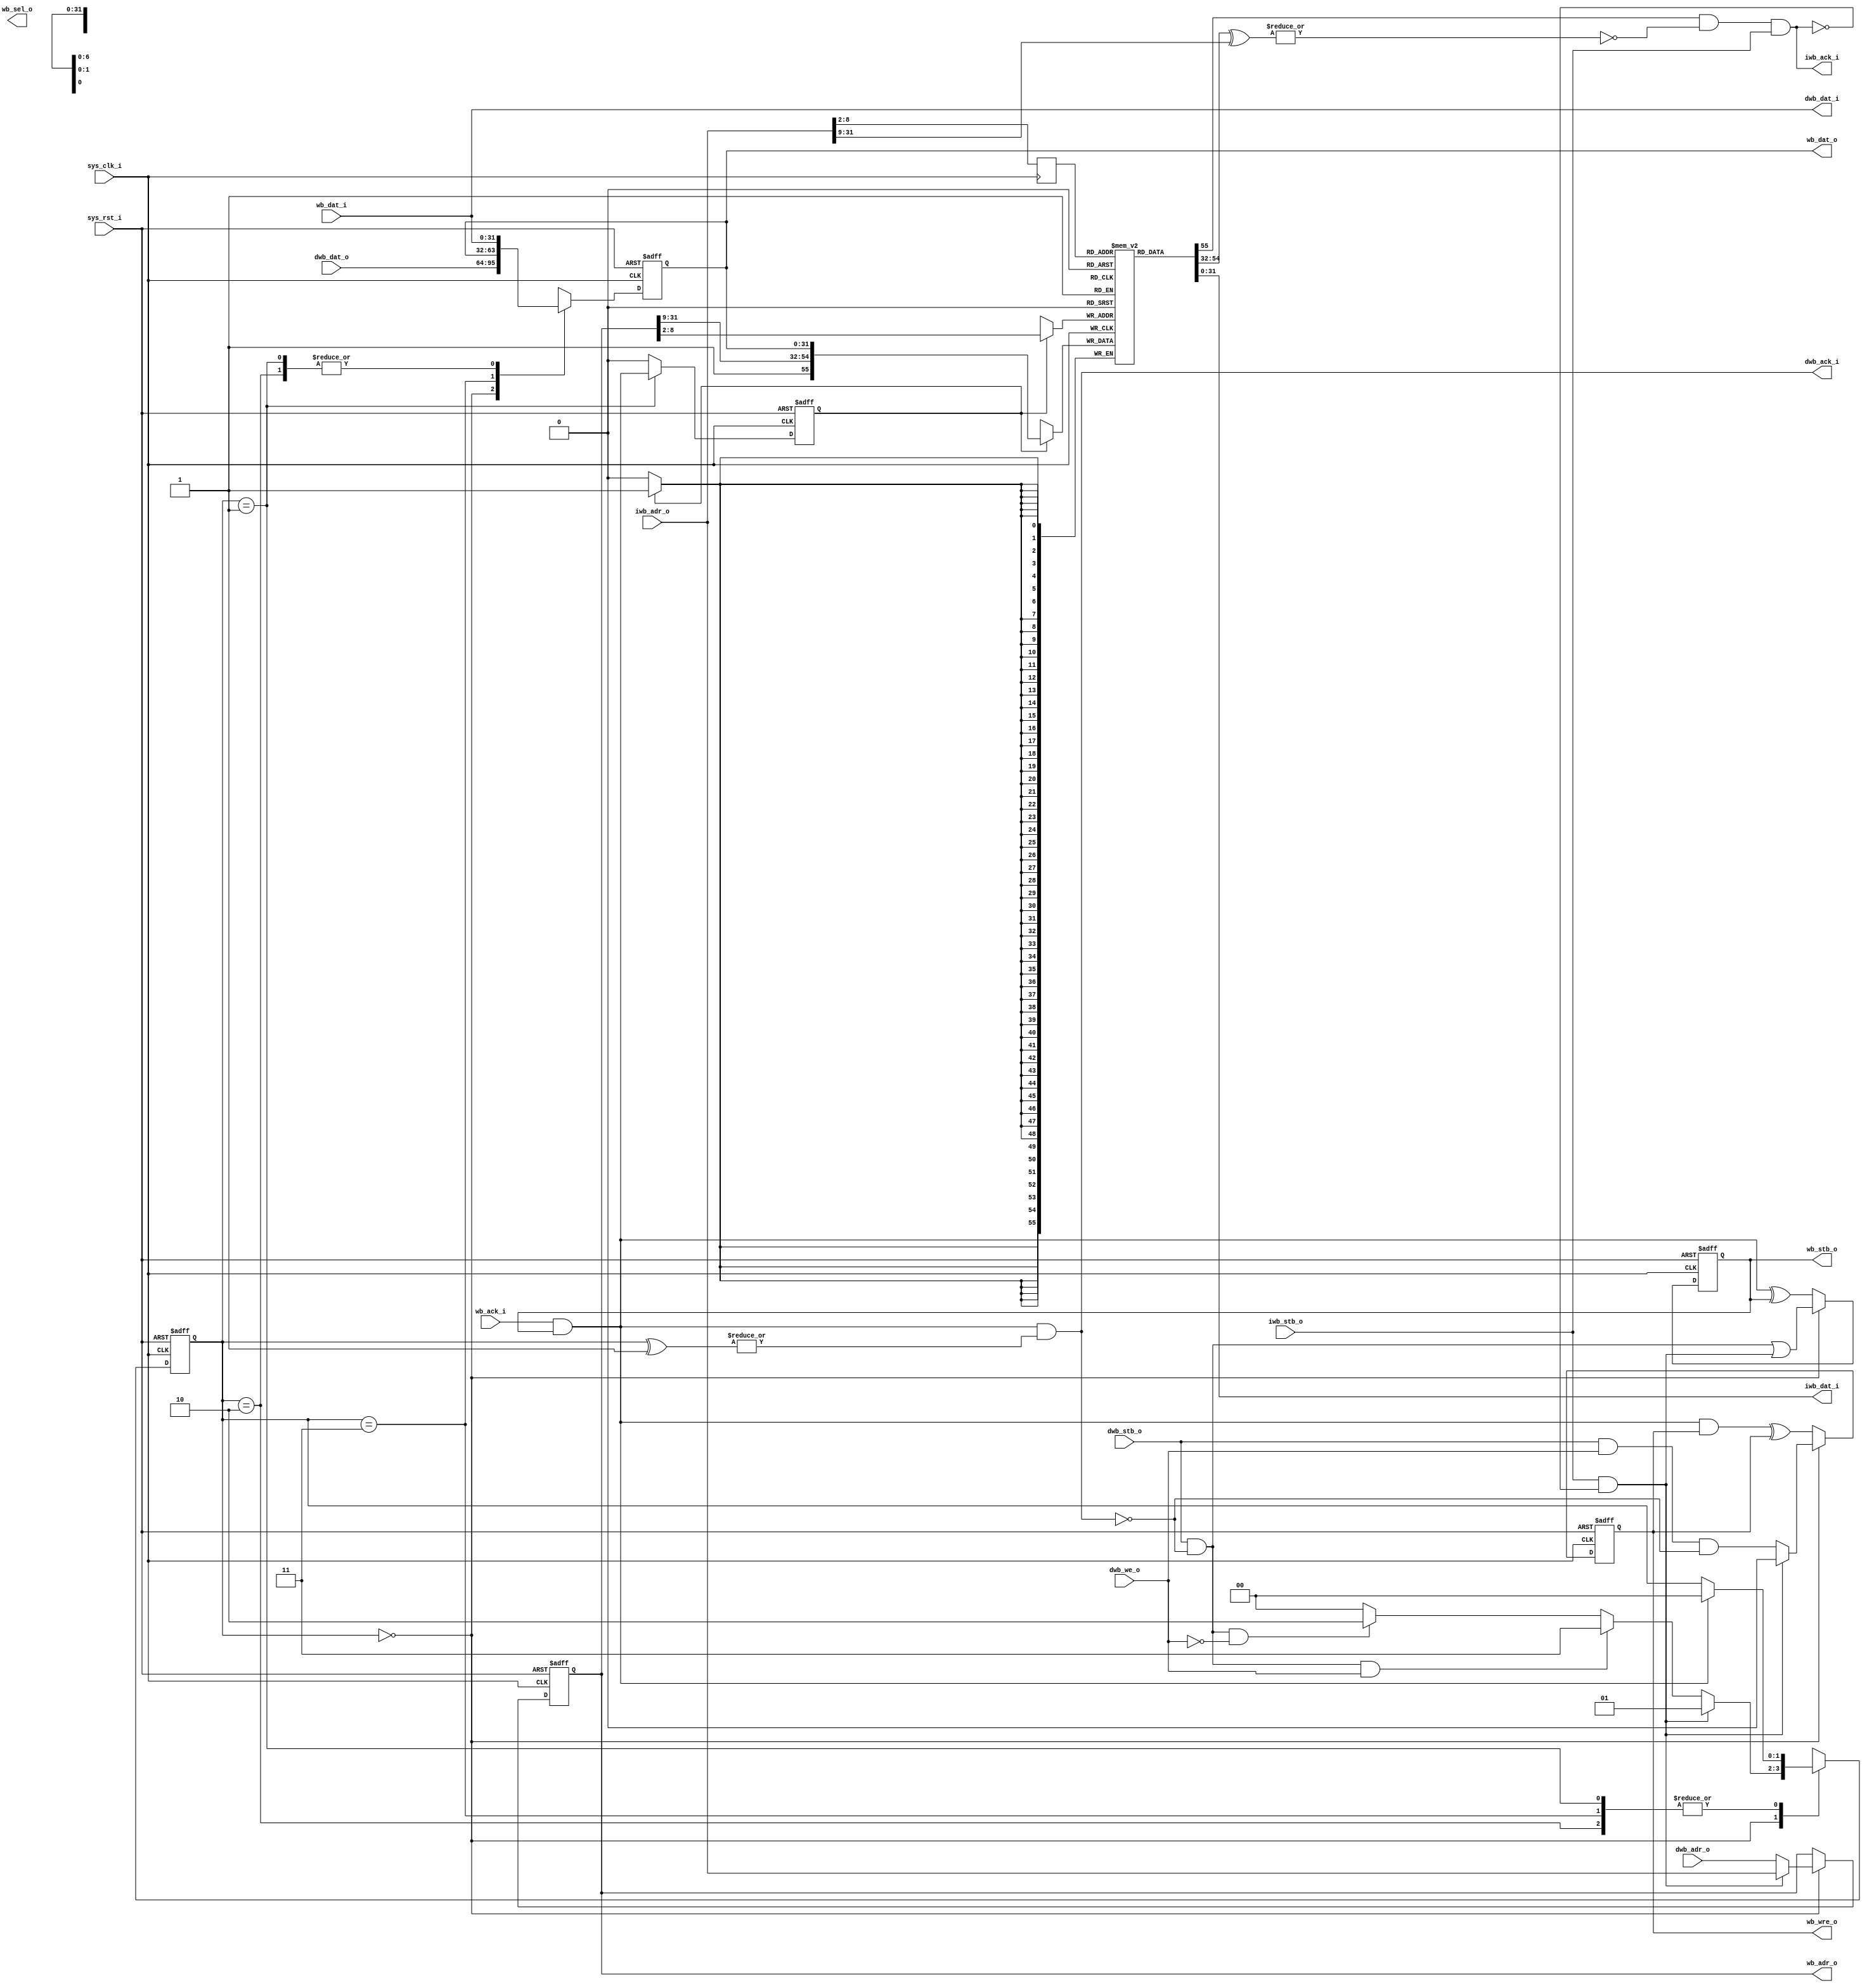
/*
 * $Id: aeMB_wbbus.v,v 1.1 2007/04/13 13:02:34 sybreon Exp $
 * 
 * AEMB WISHBONE Bus Interface Unit
 * Copyright (C) 2006-2007 Shawn Tan Ser Ngiap <shawn.tan@aeste.net>
 *  
 * This library is free software; you can redistribute it and/or modify it 
 * under the terms of the GNU Lesser General Public License as published by 
 * the Free Software Foundation; either version 2.1 of the License, 
 * or (at your option) any later version.
 * 
 * This library is distributed in the hope that it will be useful, but 
 * WITHOUT ANY WARRANTY; without even the implied warranty of MERCHANTABILITY 
 * or FITNESS FOR A PARTICULAR PURPOSE. See the GNU Lesser General Public 
 * License for more details.
 * 
 * You should have received a copy of the GNU Lesser General Public License 
 * along with this library; if not, write to the Free Software Foundation, Inc.,
 * 59 Temple Place, Suite 330, Boston, MA 02111-1307 USA 
 *
 * DESCRIPTION
 * This contains the internal to external bus unifier as well as cache.
 * Cache is implemented as write-thru direct mapped cache.
 *
 * HISTORY
 * $Log: aeMB_wbbus.v,v $
 * Revision 1.1  2007/04/13 13:02:34  sybreon
 * Added initial unified memory core.
 *
 */

// 98@90
module aeMB_wbbus (/*AUTOARG*/
   // Outputs
   wb_adr_o, wb_dat_o, wb_sel_o, wb_stb_o, wb_wre_o, dwb_ack_i,
   dwb_dat_i, iwb_ack_i, iwb_dat_i,
   // Inputs
   wb_dat_i, wb_ack_i, dwb_adr_o, dwb_dat_o, dwb_stb_o, dwb_we_o,
   iwb_adr_o, iwb_stb_o, sys_clk_i, sys_rst_i
   );
   parameter ASIZ = 32;
   parameter CSIZ = 7;
   /* DO NOT TOUCH */   
   parameter ISIZ = ASIZ;
   parameter DSIZ = ASIZ;   
   
   // External WISHBONE
   output [ASIZ-1:0] wb_adr_o;
   output [31:0]     wb_dat_o;
   output [3:0]      wb_sel_o;
   output 	     wb_stb_o;
   output 	     wb_wre_o;
   input [31:0]      wb_dat_i;
   input 	     wb_ack_i;

   // Internal WISHBONE
   input [DSIZ-1:0]  dwb_adr_o;
   input [31:0]      dwb_dat_o;
   input 	     dwb_stb_o;
   input 	     dwb_we_o;
   output 	     dwb_ack_i;
   output [31:0]     dwb_dat_i;   

   input [ISIZ-1:0]  iwb_adr_o;
   input 	     iwb_stb_o;
   output 	     iwb_ack_i;
   output [31:0]     iwb_dat_i;   
   
   // System
   input 	     sys_clk_i, sys_rst_i;

   wire 	     nclk = sys_clk_i;
   wire 	     nrst = sys_rst_i;   
   
   // FSM Machine
   parameter [1:0]   
		FSM_STORE = 2'o3,
		FSM_LOAD = 2'o2,
		FSM_FETCH = 2'o1,
		FSM_IDLE = 2'o0;
   reg [1:0] 	     rFSM, rFSM_;
   
   always @(negedge nclk or negedge nrst)
     if (!nrst) rFSM <= FSM_IDLE; else rFSM <= #1 rFSM_;
   
   always @(/*AUTOSENSE*/dwb_ack_i or dwb_stb_o or dwb_we_o
	    or iwb_ack_i or iwb_stb_o or rFSM or wb_ack_i or wb_stb_o)
     case (rFSM)
       FSM_IDLE: rFSM_ <= (iwb_stb_o & !iwb_ack_i) ? FSM_FETCH : 
			  (dwb_stb_o & !dwb_ack_i & dwb_we_o) ? FSM_STORE :
			  (dwb_stb_o & !dwb_ack_i & !dwb_we_o) ? FSM_LOAD :
			  FSM_IDLE;
       FSM_FETCH, FSM_LOAD, FSM_STORE: 
	 rFSM_ <= (wb_ack_i & wb_stb_o) ? FSM_IDLE : rFSM;
     endcase // case (rFSM)
   
   // WISHBONE LOGIC ////////////////////////////////////////////////////
   reg 		     rSTB, xSTB;
   reg 		     rWRE, xWRE;
   reg [ASIZ-1:0]    rADR, xADR;
   reg [31:0] 	     rDAT, xDAT;
   reg 		     rIWE, xIWE;
   
   assign 	     wb_stb_o = rSTB;
   assign 	     wb_wre_o = rWRE;
   assign 	     wb_dat_o = rDAT;
   assign 	     wb_adr_o = rADR;   
   
   // STB
   always @(/*AUTOSENSE*/dwb_ack_i or dwb_stb_o or iwb_ack_i
	    or iwb_stb_o or rFSM or rSTB or wb_ack_i or wb_stb_o)
     case (rFSM)
       FSM_IDLE: xSTB <= (dwb_stb_o & !dwb_ack_i) | (iwb_stb_o & !iwb_ack_i);
       default: xSTB <= (wb_ack_i & wb_stb_o) ^ rSTB;
     endcase
   
   // WRE
   always @(/*AUTOSENSE*/dwb_ack_i or dwb_stb_o or dwb_we_o
	    or iwb_ack_i or iwb_stb_o or rFSM or rWRE or wb_ack_i
	    or wb_stb_o or wb_wre_o)
     case (rFSM)
       FSM_IDLE: xWRE <= (iwb_stb_o & !iwb_ack_i) ? 1'b0 :
			 (dwb_stb_o & dwb_we_o & !dwb_ack_i);
       default: xWRE <= (wb_ack_i & wb_stb_o & wb_wre_o) ^ rWRE;
     endcase // case (rFSM)

   // DAT
   always @(/*AUTOSENSE*/dwb_dat_i or dwb_dat_o or rDAT or rFSM)
     case (rFSM)
       FSM_IDLE: xDAT <= dwb_dat_o;
       FSM_LOAD: xDAT <= dwb_dat_i;
       FSM_STORE: xDAT <= rDAT;
       FSM_FETCH: xDAT <= dwb_dat_i;
     endcase

   // ADR
   always @(/*AUTOSENSE*/dwb_adr_o or iwb_ack_i or iwb_adr_o
	    or iwb_stb_o or rADR or rFSM)
     case (rFSM)
       FSM_IDLE: xADR <= (iwb_stb_o & !iwb_ack_i) ? iwb_adr_o : dwb_adr_o;
       default: xADR <= rADR;
     endcase // case (rFSM)

   // ICWE
   always @(/*AUTOSENSE*/rFSM or wb_ack_i or wb_stb_o)
     case (rFSM)
       FSM_FETCH: xIWE <= (wb_ack_i & wb_stb_o);
       default: xIWE <= 1'b0;
     endcase
   
   // CACHE LOGIC ///////////////////////////////////////////////////////
   
   wire [ASIZ-3:CSIZ] wICHK;
   wire 	      wIVAL;
   reg [CSIZ-1:0]     rILINE;
   reg [ASIZ+32:CSIZ+2] rIMEM[(1<<CSIZ)-1:0];   
   
   assign 		{wIVAL, wICHK, iwb_dat_i} = rIMEM[rILINE];
   assign 		iwb_ack_i = wIVAL & ~|(wICHK ^ iwb_adr_o[ASIZ-1:CSIZ+2]) & iwb_stb_o;   

   wire [CSIZ-1:0] 	wILINE = rADR[CSIZ+1:2];
   wire [ASIZ-3:CSIZ] 	wITAG = rADR[ASIZ-1:CSIZ+2];   
   
   always @(posedge nclk) begin
      if (rIWE) begin
	 rIMEM[wILINE] <= {1'b1,wITAG,rDAT};	 
      end
      rILINE <= iwb_adr_o[CSIZ+1:2];
   end
   
   assign dwb_dat_i = wb_dat_i;
   assign dwb_ack_i = (wb_stb_o & wb_ack_i) & |(rFSM ^ FSM_FETCH);
   
   
   // PIPELINE REGISTERS ///////////////////////////////////////////////
   always @(negedge nclk or negedge nrst)
     if (!nrst) begin
	/*AUTORESET*/
	// Beginning of autoreset for uninitialized flops
	rADR <= {(1+(ASIZ-1)){1'b0}};
	rDAT <= 32'h0;
	rIWE <= 1'h0;
	rSTB <= 1'h0;
	rWRE <= 1'h0;
	// End of automatics
     end else begin
	rDAT <= #1 xDAT;
	rADR <= #1 xADR;
	rWRE <= #1 xWRE;
	rSTB <= #1 xSTB;
	rIWE <= #1 xIWE;
     end
   
   // SIMULATION ONLY //////////////////////////////////////////////////
   integer i;
   initial begin
      for (i=0;i<((1<<CSIZ));i=i+1) begin
	 rIMEM[i] <= 0;	 
      end
   end
   
endmodule // aeMB_wbbus